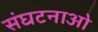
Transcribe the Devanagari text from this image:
संघटनाओ